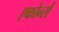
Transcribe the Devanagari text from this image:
एकोर्न्स